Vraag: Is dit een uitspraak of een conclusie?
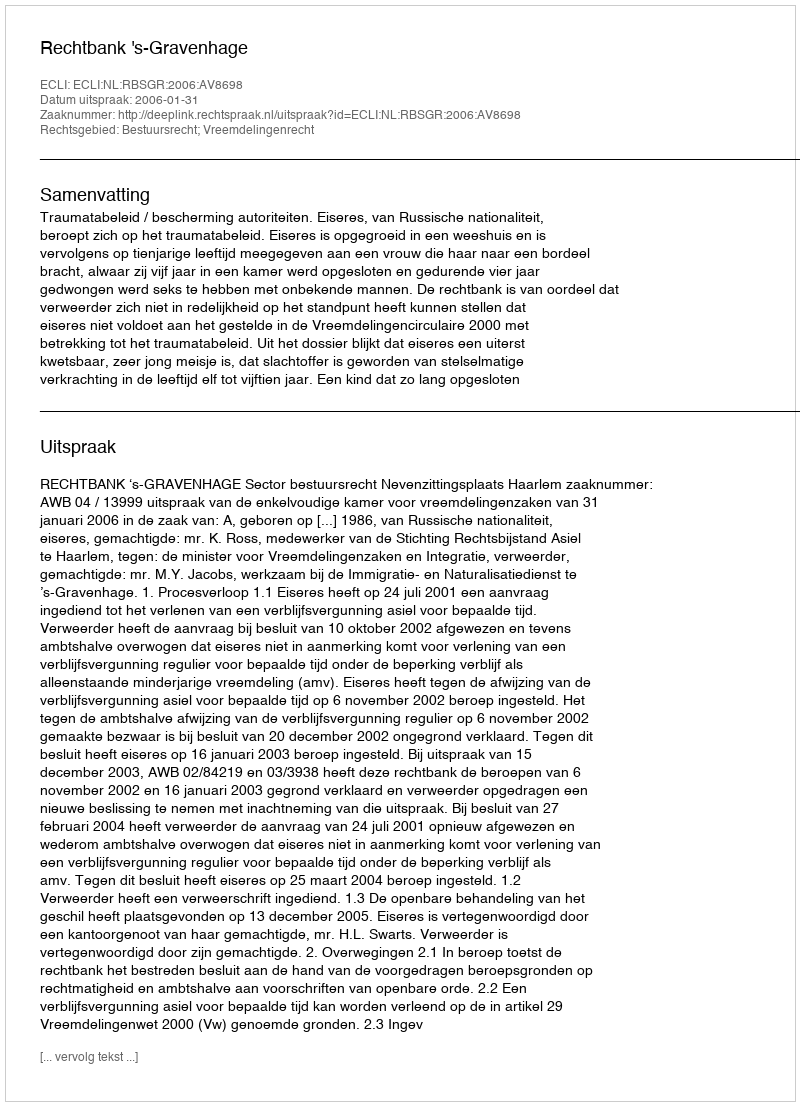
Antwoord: Uitspraak